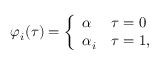
\varphi _ { i } ( \tau ) = \left\{ \begin{array} { l l } { { \alpha } } & { { \tau = 0 } } \\ { { \alpha _ { i } } } & { { \tau = 1 , } } \end{array} \right.